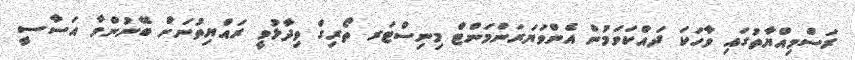
ރަސްމިއްޔާތުގައި ވާހަކަ ދައްކަވަމުން އެންވަޔަރަންމަންޓް މިނިސްޓަރ ތޯރިގް ވިދާޅުވީ ރައްޔިތުނަށް ބޭނުންވާ އަސާސީ